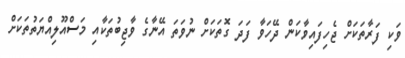
ވަކި ފަރާތަކަށް ޖެހިފައިވާކަން ދޭހަވާ ފަދަ ގޮތަކަށް ނުވަތަ އޭނާގެ ވާޖިބުތަކާއި މަސްއޫލިއްޔަތުތަކަށް